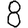
Digit: 8